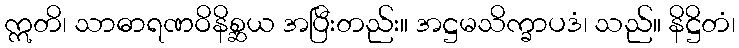
ဣတိ၊ သာဓာရဏဝိနိစ္ဆယ အပြီးတည်း။ အဋ္ဌမသိက္ခာပဒံ၊ သည်။ နိဋ္ဌိတံ၊